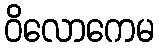
ဝိလောကေမ